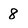
Character: 8